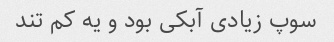
سوپ زیادی آبکی بود و یه کم تند